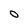
Character: O